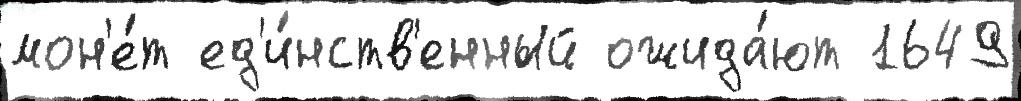
мон'е́т ед'и́нств'енный ожида́ют 1649